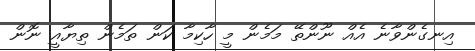
އިނގެންވާނެ އެއް ނޫންތޭ މަމެން މީ ހާކިމާ ކަން ތަމެން ތިޔާއީ ނޮން